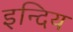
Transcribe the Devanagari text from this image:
इन्दिय